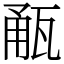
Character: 㼧